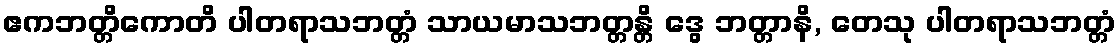
ဧကဘတ္တိကောတိ ပါတရာသဘတ္တံ သာယမာသဘတ္တန္တိ ဒွေ ဘတ္တာနိ, တေသု ပါတရာသဘတ္တံ